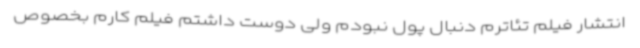
انتشار فیلم تئاترم دنبال پول نبودم ولی دوست داشتم فیلم کارم بخصوص